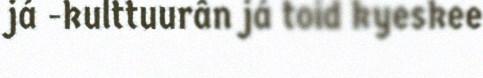
já -kulttuurân já toid kyeskee